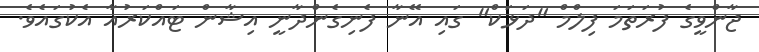
ޖާންވީގެ ފުރަތަމަ ފިލްމް "ދަޅަކް" ގައި އޭނާ ފެނިގެންދާނީ އިޝާން ޓައްކަރުއާ އެކުގައެވެ.